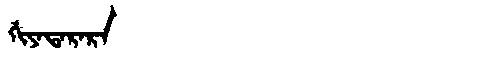
Manchu: ᡤᡳᠶᠠᡨᠠᡵᠠᡵᠠ
Romanization: GIYATARARA